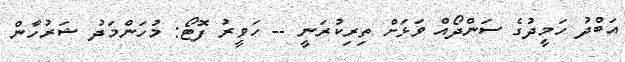
އަބްދު ހަމީދުގެ ސަންދޯއް ވަޅަށް ތިރިކުރަނީ -- ހަވީރު ފޮޓޯ: މުހަންމަދު ޝަރުހާން